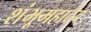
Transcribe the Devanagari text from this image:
शंभूमहादेव